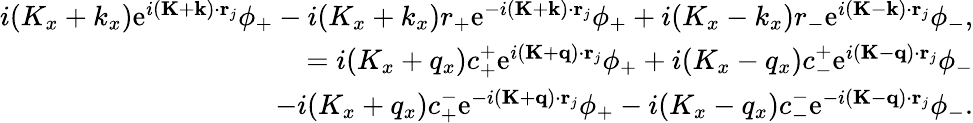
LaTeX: \begin{array}{r}{i(K_{x}+k_{x})\mathrm{e}^{i(\mathbf{K}+\mathbf{k})\cdot\mathbf{r}_{j}}\phi_{+}-i(K_{x}+k_{x})r_{+}\mathrm{e}^{-i(\mathbf{K}+\mathbf{k})\cdot\mathbf{r}_{j}}\phi_{+}+i(K_{x}-k_{x})r_{-}\mathrm{e}^{i(\mathbf{K}-\mathbf{k})\cdot\mathbf{r}_{j}}\phi_{-},}\\ {=i(K_{x}+q_{x})c_{+}^{+}\mathrm{e}^{i(\mathbf{K}+\mathbf{q})\cdot\mathbf{r}_{j}}\phi_{+}+i(K_{x}-q_{x})c_{-}^{+}\mathrm{e}^{i(\mathbf{K}-\mathbf{q})\cdot\mathbf{r}_{j}}\phi_{-}}\\ {-i(K_{x}+q_{x})c_{+}^{-}\mathrm{e}^{-i(\mathbf{K}+\mathbf{q})\cdot\mathbf{r}_{j}}\phi_{+}-i(K_{x}-q_{x})c_{-}^{-}\mathrm{e}^{-i(\mathbf{K}-\mathbf{q})\cdot\mathbf{r}_{j}}\phi_{-}.}\end{array}